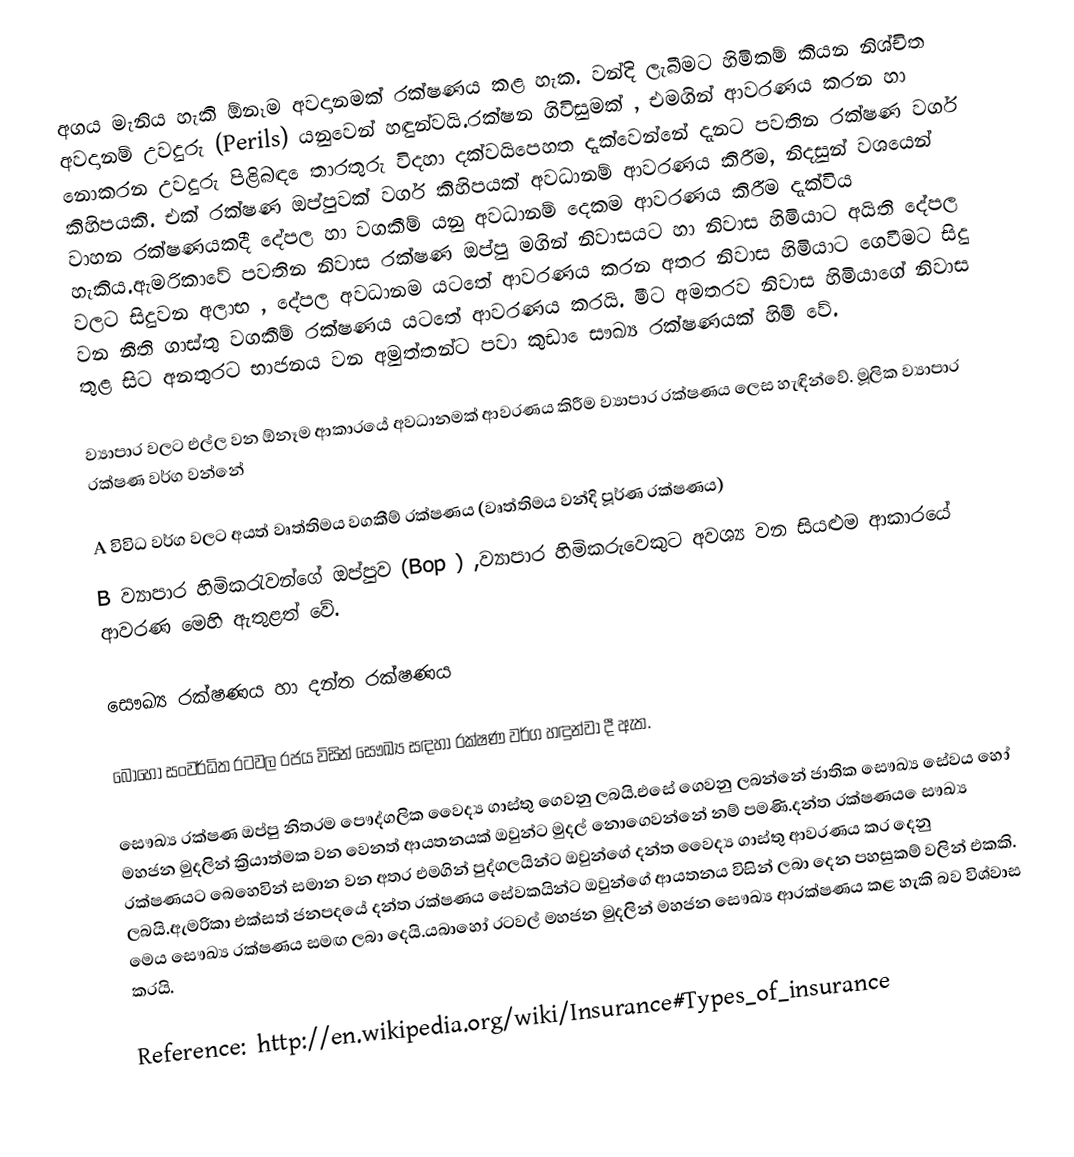
අගය මැනිය හැකි ඕනෑම අවදානමක් රක්ෂණය කළ හැක. වන්දි ලැබීමට හිමිකම් කියන නිශ්චිත අවදානම් උවදුරු (Perils) යනුවෙන් හඳුන්වයි.රක්ෂන ගිවිසුමක් , එමගින් අ‍ාවරණය කරන හා නොකරන උවදුරු පිළිබඳ ‍ෙතාරතුරු විදහා දක්වයිපෙහත දැක්වෙන්නේ දැනට පවතින රක්ෂණ වර්ග කිහිපයකි. එක් රක්ෂණ ඔප්පුවක් වර්ග කිහිපයක් අවධානම් ආවරණය කිරීම, නිදසුන් වශයෙන් වාහන රක්ෂණයකදී දේපල හා වගකීම් යනු අවධානම් දෙකම ආවරණය කිරීම දැක්විය හැකිය.ඇමරික‍ාවේ පවතින නිවාස රක්ෂණ ඔප්පු මගින් නිවාසයට හා නිවාස හිමියාට අයිති දේපල වලට සිදුවන අලාභ , දේපල අවධානම යටතේ ආවරණය කරන අතර නිවාස හිමියාට ගෙවීමට සිදු වන නීති ගාස්තු වගකීම් රක්ෂණය යටතේ ආවරණය කරයි. මීට අමතරව නිව‍ාස හිමියාගේ නිවාස තුළ සිට අනතුරට භාජනය වන අමුත්තන්‍ට පවා කුඩා ‍ෙසෟඛ්‍ය රක්ෂණයක් හිමි වේ.

ව්‍යාපාර වලට එල්ල වන ඕනෑම ආකාරයේ අවධානමක් ආවරණය කිරීම ව්‍යාපාර රක්ෂණය ලෙස හැඳින්වේ. මූලික ව්‍යාපාර රක්ෂණ වර්ග වන්නේ

A විවිධ වර්ග වලට අයත් වෘත්තිමය වගකීම් රක්ෂණය (වෘත්තිමය වන්දි පූර්ණ රක්ෂණය)
B ව්‍යාපාර හිමිකරැවන්ගේ ඔප්පුව (Bop ) ,ව්‍යාපාර හිමිකරුවෙකුට අවශ්‍ය වන සියළුම ආකාරයේ ආවරණ මෙහි ඇතුළත් වේ.

සෞඛ්‍ය රක්ෂණය හා දන්ත රක්ෂණය

බොහෝ සංවර්ධිත රටවල රජය විසින් සෞඛ්‍ය සඳහා රක්ෂණ වර්ග හඳුන්වා දී ඇත.

සෞඛ්‍ය රක්ෂණ ඔප්පු නිතරම පෞද්ගලික වෛද්‍ය ගාස්තු ගෙවනු ලබයි.එසේ ගෙවනු ලබන්නේ ජාතික සෞඛ්‍ය සේවය හෝ මහජන මුදලින් ක්‍රියාත්මක වන වෙනත් ආයතනයක් ඔවුන්ට මුදල් නොගෙවන්නේ නම් පමණි.දන්ත රක්ෂණය ‍ෙසෟඛ්‍ය රක්ෂණයට බෙහෙවින් සමාන වන අතර එමගින් පුද්ගලයින්ට ඔවුන්ගේ දන්ත වෛද්‍ය ගාස්තු ආවරණය කර දෙනු ලබයි.ඇමරිකා එක්සත් ජනපදයේ දන්ත රක්ෂණය සේවකයින්ට ඔවුන්ගේ ආයතනය විසින් ලබා දෙන පහසුකම් වලින් එකකි. මෙය සෞඛ්‍ය රක්ෂණය සමඟ ලබා දෙයි.යබාහෝ රටවල් මහජන මුදලින් මහජන සෞඛ්‍ය ආරක්ෂණය කළ හැකි බව විශ්වාස කරයි.

Reference: http://en.wikipedia.org/wiki/Insurance#Types_of_insurance